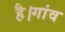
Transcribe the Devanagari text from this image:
है।गांव